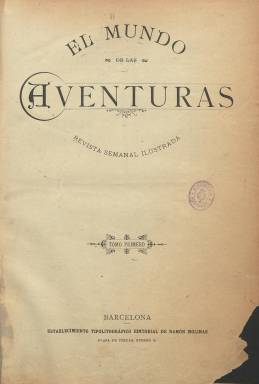
Título: El Mundo de las aventuras
Colección: Literatura
Ámbito geográfico: Barcelona
Lugar de publicación: Barcelona
Fechas: 01/10/1892-31/03/1896

Con el subtítulo “revista semanal ilustrada”, es una publicación dedicada íntegramente a publicar narraciones de aventuras y viajes, pero también de otros géneros, como el de misterio o policíaco y el histórico, entre otros. Sánchez Vigil (2008) señala que tuvieron gran predicamento en su época, por cuanto el término “mundo” evocaba nuevas perspectivas geográficas y visiones amplias, citando como congéneres de esta los también semanarios Alrededor del mundo (1899) y Por esos mundos (1900). En el caso de esta editada en Barcelona, publica cuatro entregas por mes, de 16 páginas cada una, compuestas a dos columnas, seriadas y con paginación continuada, y con un buen número de ilustraciones tanto en su cubierta como en el interior de los textos y referidos a estos.

Fue estampada en el Establecimiento Tipolitográfico Editorial de La Ilustración Ibérica, siendo su editor y administrador Ramón Molinas. Con cada número de la “revista” se difundía también aparte una novela por entregas que formaba parte de la “Biblioteca” de la editorial.

Algunas de las narraciones que se insertan en la revista serán asimismo por entregas, mientras que otras tres o cuatro cortas integran cada número, que comienza con un sumario de contenidos. Prácticamente ninguna de las narraciones lleva autoría, aunque aparecen algunas firmas, como la de Luciano Gómez Abril, José Selgas (El gato doméstico), Alejandro Dumas o S. Andersen, procediendo algunas de traducciones. Al final de cada número incluía alguna noticia de sucesos (homicidios), breves pensamientos o alguna curiosidad histórica.

La colección de este título de la Biblioteca Nacional de España comienza con su primer número, correspondiente a la primera semana de octubre de 1892, pues, bajo su cabecera, no se indica el día exacto de aparición.

La paginación será continuada hasta la última entrega de septiembre de 1894 (número 105), formando hasta aquí dos tomos anuales, con sus correspondientes índices, y un total de 1.664 páginas.

A partir la primera semana de octubre de 1894, reinicia una segunda serie, así como nueva secuencia de sus entregas y foliación de las páginas, reduciéndose a la mitad, es decir a ocho páginas por número. El último de la nueva serie será el 76, correspondiente a marzo de 1896, mes en el que las entregas son sólo de cuatro páginas.

Al final del último volumen están encuadernadas las páginas de siete novelas, publicadas originalmente por entregas, que no están digitalizadas en esta colección. Son las siguientes:

El caballo blanco
Hortensia de Castro
El cazador de caballos
La ley de Lynch
El dedo de Dios
Los piratas rojos
Las minas del Rey Salomon

Estas se pueden encontrar en la colección digitalizada por la Univertitat Autònoma de Barcelona, accesible desde el enlace que se indica más arriba.

[Descripción modificada el 17/11/2022]